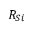
R _ { S i }